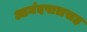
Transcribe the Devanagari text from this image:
आनंदपालसह